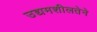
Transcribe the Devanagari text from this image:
उद्यमशीलतेने